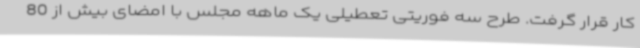
کار قرار گرفت. طرح سه فوریتی تعطیلی یک ماهه مجلس با امضای بیش از 80